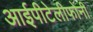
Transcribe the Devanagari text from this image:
आईपीटेलीफोनी